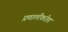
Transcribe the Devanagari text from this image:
प्रणालींकरीता